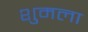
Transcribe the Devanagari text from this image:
शुमला